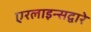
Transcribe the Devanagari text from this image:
एरलाइन्सद्वारे